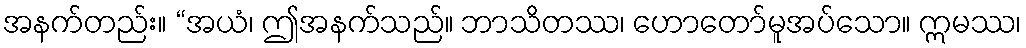
အနက်တည်း။ “အယံ၊ ဤအနက်သည်။ ဘာသိတဿ၊ ဟောတော်မူအပ်သော။ ဣမဿ၊